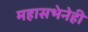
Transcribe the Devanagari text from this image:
महासभेनेही